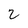
Character: 2